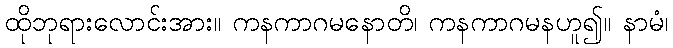
ထိုဘုရားလောင်းအား။ ကနကာဂမနောတိ၊ ကနကာဂမနဟူ၍။ နာမံ၊